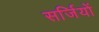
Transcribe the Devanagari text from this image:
सर्जियों